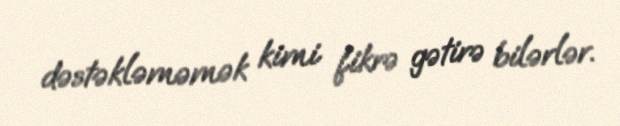
dəstəkləməmək kimi fikrə gətirə bilərlər.